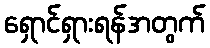
ရှောင်ရှားရန်အတွက်